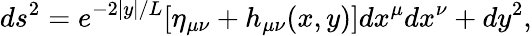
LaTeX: ds^{2}=e^{-2|y|/L}[\eta_{\mu\nu}+h_{\mu\nu}(x,y)]dx^{\mu}dx^{\nu}+dy^{2},